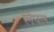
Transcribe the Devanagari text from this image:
लेपल